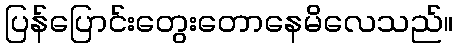
ပြန်ပြောင်းတွေးတောနေမိလေသည်။